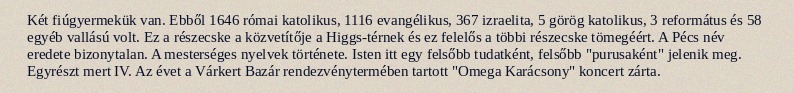
Két fiúgyermekük van. Ebből 1646 római katolikus, 1116 evangélikus, 367 izraelita, 5 görög katolikus, 3 református és 58 egyéb vallású volt. Ez a részecske a közvetítője a Higgs-térnek és ez felelős a többi részecske tömegéért. A Pécs név eredete bizonytalan. A mesterséges nyelvek története. Isten itt egy felsőbb tudatként, felsőbb "purusaként" jelenik meg. Egyrészt mert IV. Az évet a Várkert Bazár rendezvénytermében tartott "Omega Karácsony" koncert zárta.